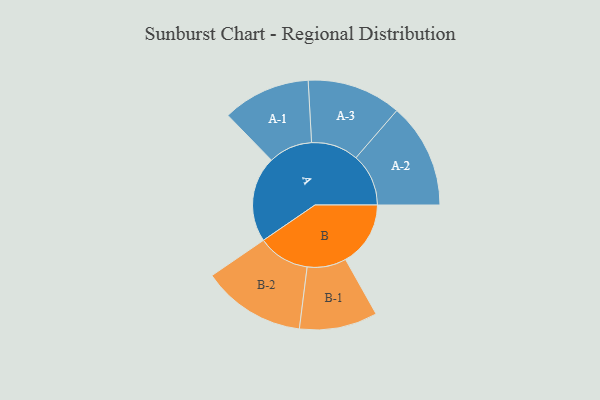
{"axis": {"x": "Segment", "y": "Value"}, "legend": ["", "A", "B"], "data": [{"x": "A", "y": 457, "type": ""}, {"x": "B", "y": 346, "type": ""}, {"x": "A-1", "y": 234, "type": "A"}, {"x": "A-2", "y": 280, "type": "A"}, {"x": "A-3", "y": 251, "type": "A"}, {"x": "B-1", "y": 208, "type": "B"}, {"x": "B-2", "y": 276, "type": "B"}]}